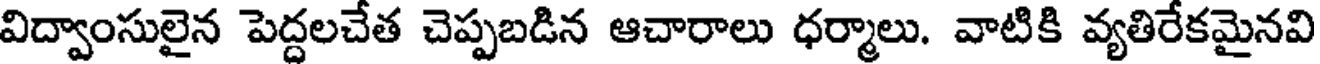
విద్వాంసులైన పెద్దలచేత చెప్పబడిన ఆచారాలు ధర్మాలు. వాటికి వ్యతిరేకమైనవి